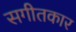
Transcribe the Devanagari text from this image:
सगीतकार